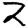
Digit: 2